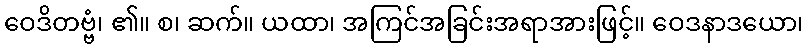
ဝေဒိတဗ္ဗံ၊ ၏။ စ၊ ဆက်။ ယထာ၊ အကြင်အခြင်းအရာအားဖြင့်။ ဝေဒနာဒယော၊